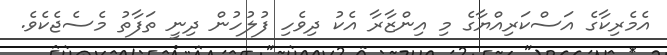
އެމެރިކާގެ އަސްކަރިއްޔާގެ މި އިންޒާރާ އެކު ދިވެހި ފުލުހުން ދިނީ ތަފާތު މެސެޖެކެވެ.